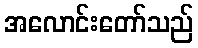
အလောင်းတော်သည်